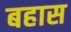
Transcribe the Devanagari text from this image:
बहास